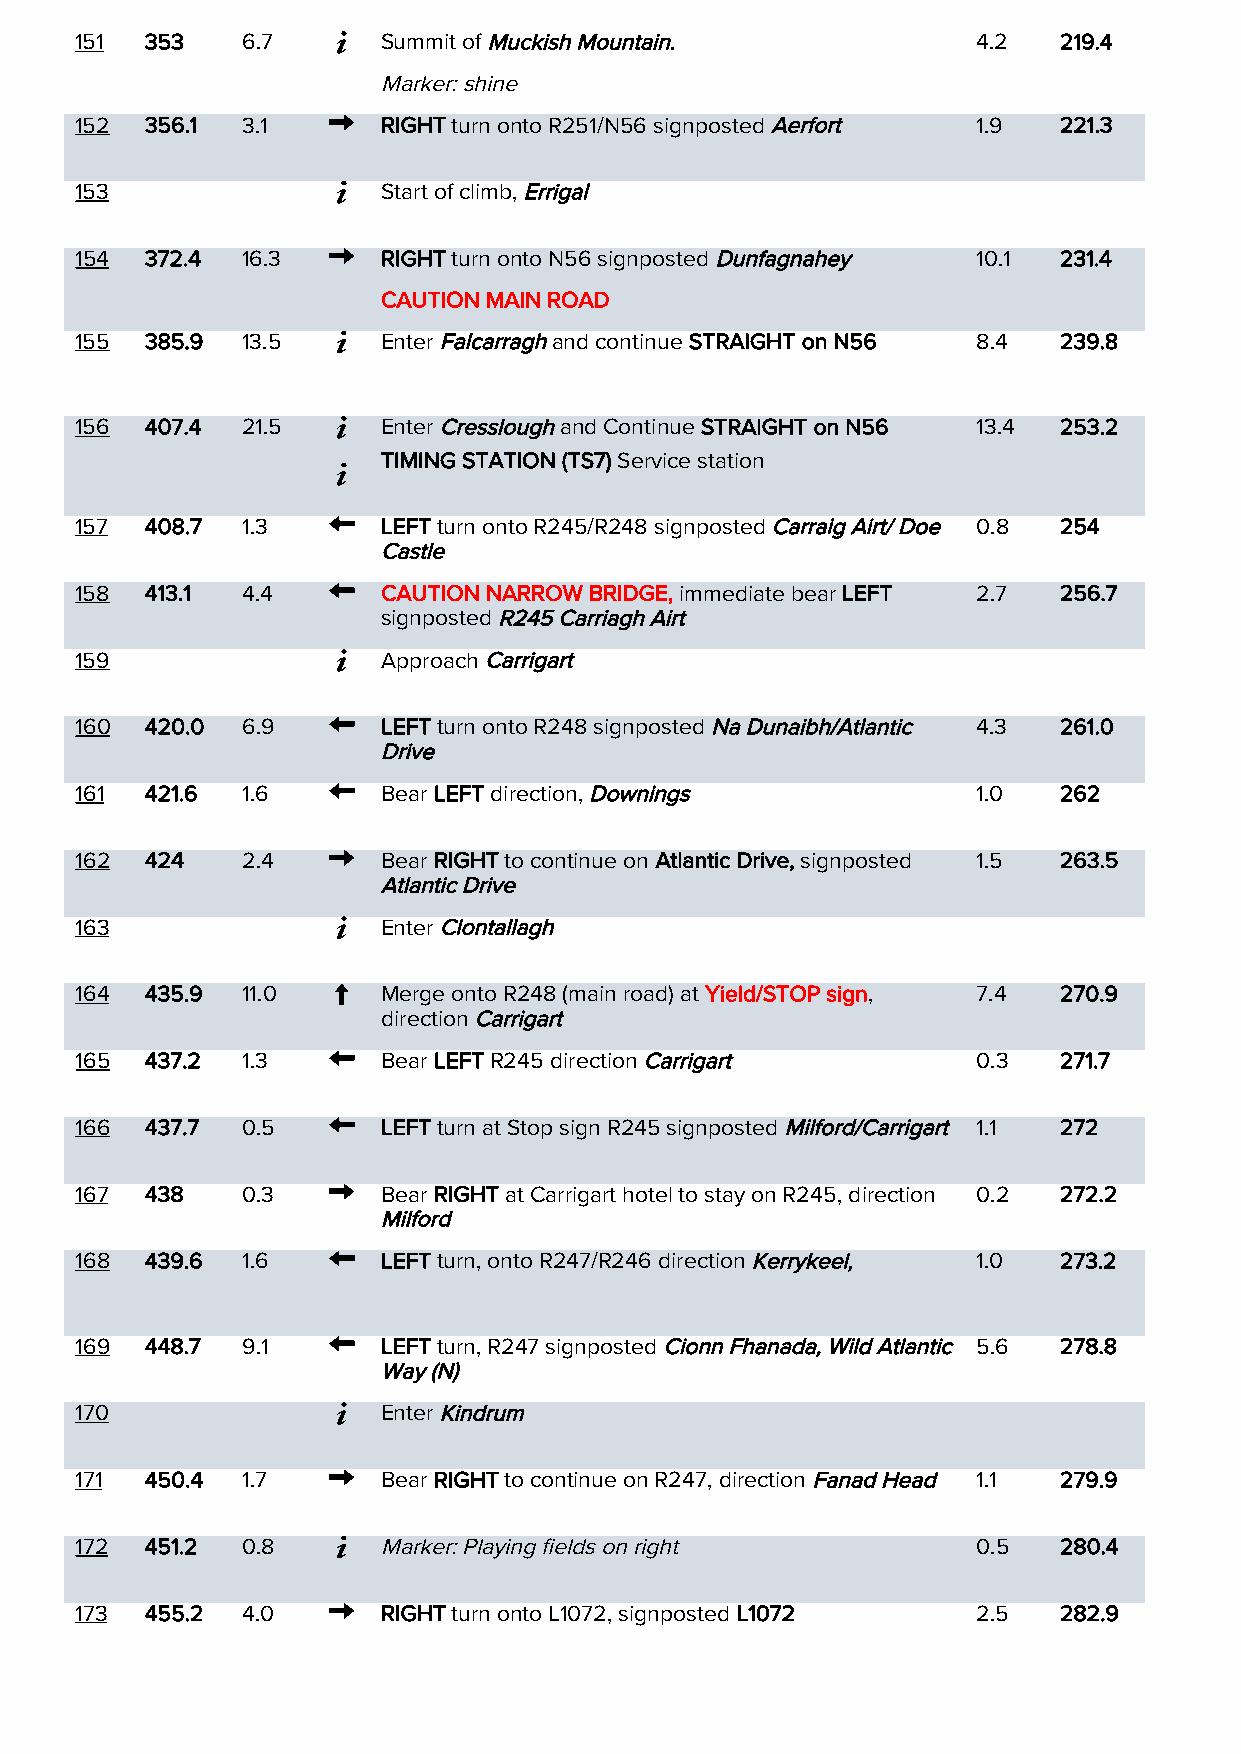
151  353   6.7      Summit of Muckish Mountain.             4.2  219.4
 Marker: shine
 152  356.1 3.1      RIGHT turn onto R251/N56 signposted Aerfort 1.9 221.3
 153                 Start of climb, Errigal
 154  372.4 16.3     RIGHT turn onto N56 signposted Dunfagnahey 10.1 231.4
 CAUTION MAIN ROAD
 155  385.9 13.5     Enter Falcarragh and continue STRAIGHT on N56 8.4 239.8
 156  407.4 21.5     Enter Cresslough and Continue STRAIGHT on N56 13.4 253.2
 TIMING STATION (TS7) Service station
 157  408.7 1.3      LEFT turn onto R245/R248 signposted Carraig Airt/ Doe 0.8 254
 Castle
 158  413.1 4.4      CAUTION NARROW BRIDGE, immediate bear LEFT 2.7 256.7
 signposted R245 Carriagh Airt
 159                 Approach Carrigart
 160  420.0 6.9      LEFT turn onto R248 signposted Na Dunaibh/Atlantic 4.3 261.0
 Drive
 161  421.6 1.6      Bear LEFT direction, Downings           1.0  262
 162  424   2.4      Bear RIGHT to continue on Atlantic Drive, signposted 1.5 263.5
 Atlantic Drive
 163                 Enter Clontallagh
 164  435.9 11.0     Merge onto R248 (main road) at Yield/STOP sign, 7.4 270.9
 direction Carrigart
 165  437.2 1.3      Bear LEFT R245 direction Carrigart      0.3  271.7
 166  437.7 0.5      LEFT turn at Stop sign R245 signposted Milford/Carrigart 1.1 272
 167  438   0.3      Bear RIGHT at Carrigart hotel to stay on R245, direction 0.2 272.2
 Milford
 168  439.6 1.6      LEFT turn, onto R247/R246 direction Kerrykeel, 1.0 273.2
 169  448.7 9.1      LEFT turn, R247 signposted Cionn Fhanada, Wild Atlantic 5.6 278.8
 Way (N)
 170                 Enter Kindrum
 171  450.4 1.7      Bear RIGHT to continue on R247, direction Fanad Head 1.1 279.9
 172  451.2 0.8      Marker: Playing fields on right         0.5  280.4
 173  455.2 4.0      RIGHT turn onto L1072, signposted L1072 2.5  282.9